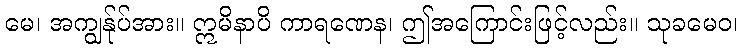
မေ၊ အကျွန်ုပ်အား။ ဣမိနာပိ ကာရဏေန၊ ဤအကြောင်းဖြင့်လည်း။ သုခမေဝ၊